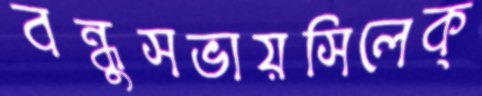
বন্ধুসভায়সিলেক্